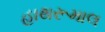
હાથરૂમાલ